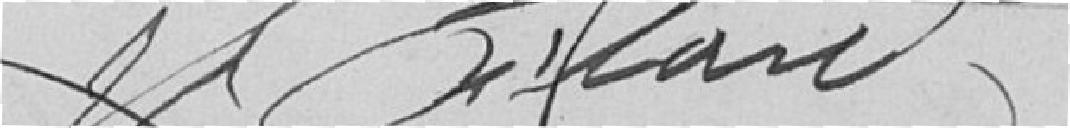
????HANZT?